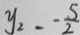
y _ { 2 } - - \frac { 5 } { 2 }